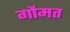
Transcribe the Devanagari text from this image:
गौमत